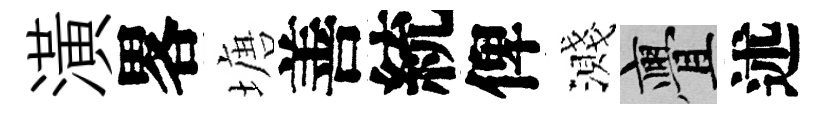
潢畧塘善統俾濺亹述